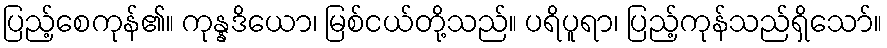
ပြည့်စေကုန်၏။ ကုန္နဒိယော၊ မြစ်ငယ်တို့သည်။ ပရိပူရာ၊ ပြည့်ကုန်သည်ရှိသော်။